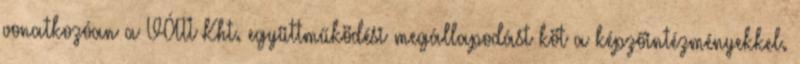
vonatkozóan a VÁTI Kht. együttműködési megállapodást köt a képzőintézményekkel.